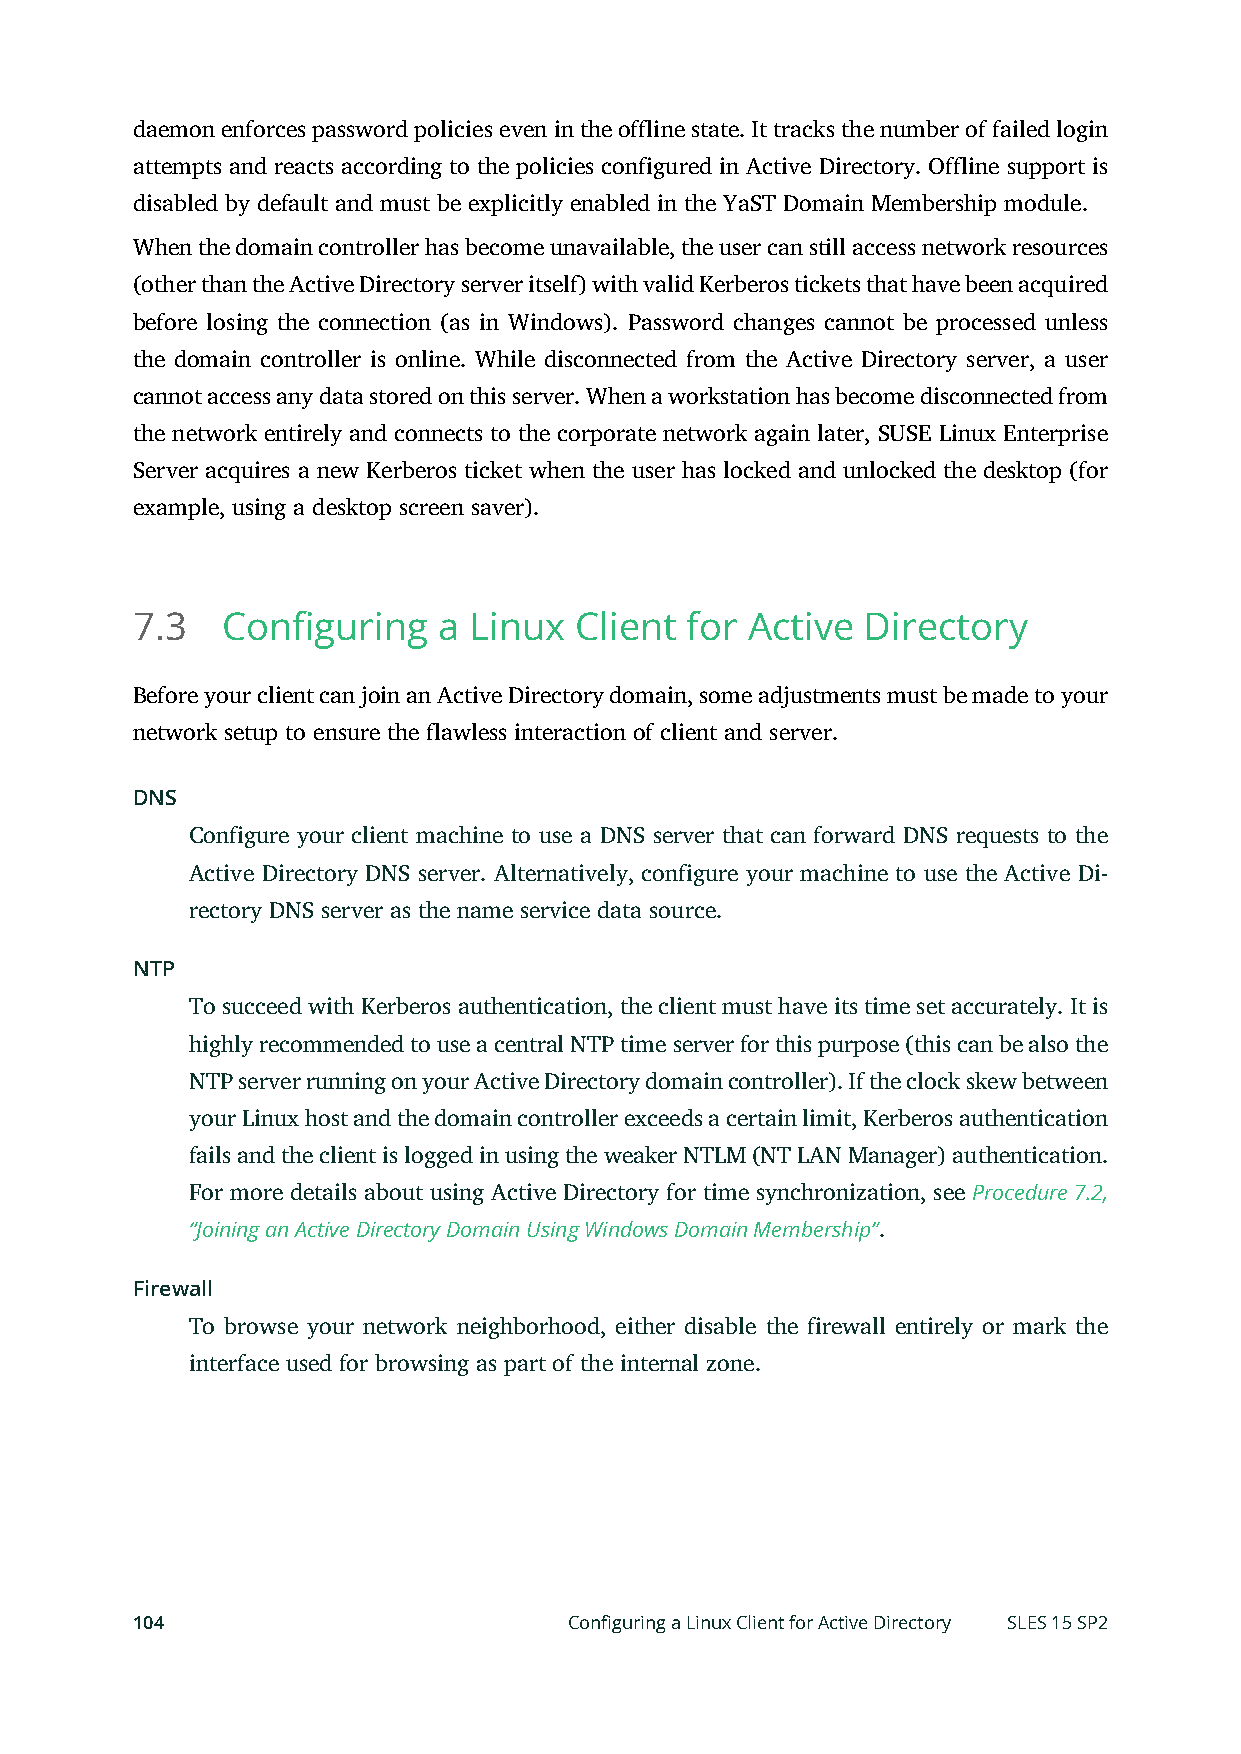
daemon enforces password policies even in the offline state. It tracks the number of failed login
 attempts and reacts according to the policies configured in Active Directory. Offline support is
 disabled by default and must be explicitly enabled in the YaST Domain Membership module.
 When the domain controller has become unavailable, the user can still access network resources
 (other than the Active Directory server itself) with valid Kerberos tickets that have been acquired
 before losing the connection (as in Windows). Password changes cannot be processed unless
 the domain controller is online. While disconnected from the Active Directory server, a user
 cannot access any data stored on this server. When a workstation has become disconnected from
 the network entirely and connects to the corporate network again later, SUSE Linux Enterprise
 Server acquires a new Kerberos ticket when the user has locked and unlocked the desktop (for
 example, using a desktop screen saver).
 7.3   Configuring   a Linux  Client for  Active Directory
 Before your client can join an Active Directory domain, some adjustments must be made to your
 network setup to ensure the flawless interaction of client and server.
 DNS
 Configure your client machine to use a DNS server that can forward DNS requests to the
 Active Directory DNS server. Alternatively, configure your machine to use the Active Di-
 rectory DNS server as the name service data source.
 NTP
 To succeed with Kerberos authentication, the client must have its time set accurately. It is
 highly recommended to use a central NTP time server for this purpose (this can be also the
 NTP server running on your Active Directory domain controller). If the clock skew between
 your Linux host and the domain controller exceeds a certain limit, Kerberos authentication
 fails and the client is logged in using the weaker NTLM (NT LAN Manager) authentication.
 For more details about using Active Directory for time synchronization, see Procedure 7.2,
 “Joining an Active Directory Domain Using Windows Domain Membership”.
 Firewall
 To browse your network neighborhood, either disable the firewall entirely or mark the
 interface used for browsing as part of the internal zone.
 104                          Configuring a Linux Client for Active Directory SLES 15 SP2